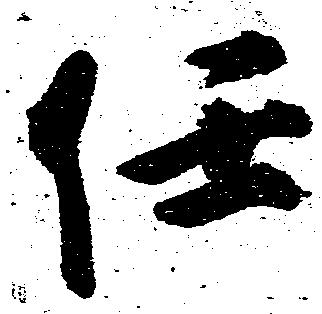
任